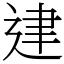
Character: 䢖